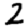
Digit: 2